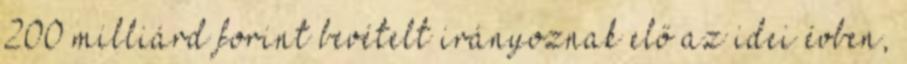
200 milliárd forint bevételt irányoznak elő az idei évben,